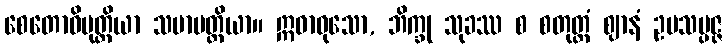
စေတောဝိမုတ္တိယာ သမာပတ္တိယာ။ ဣဓာဝုသော, ဘိက္ခု သုခဿ စ စတုတ္ထံ ဈာနံ ဥပသမ္ပဇ္ဇ